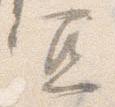
宜